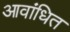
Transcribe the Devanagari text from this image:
आवांधित